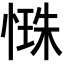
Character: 𢟐